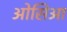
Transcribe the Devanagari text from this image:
ओसिआ